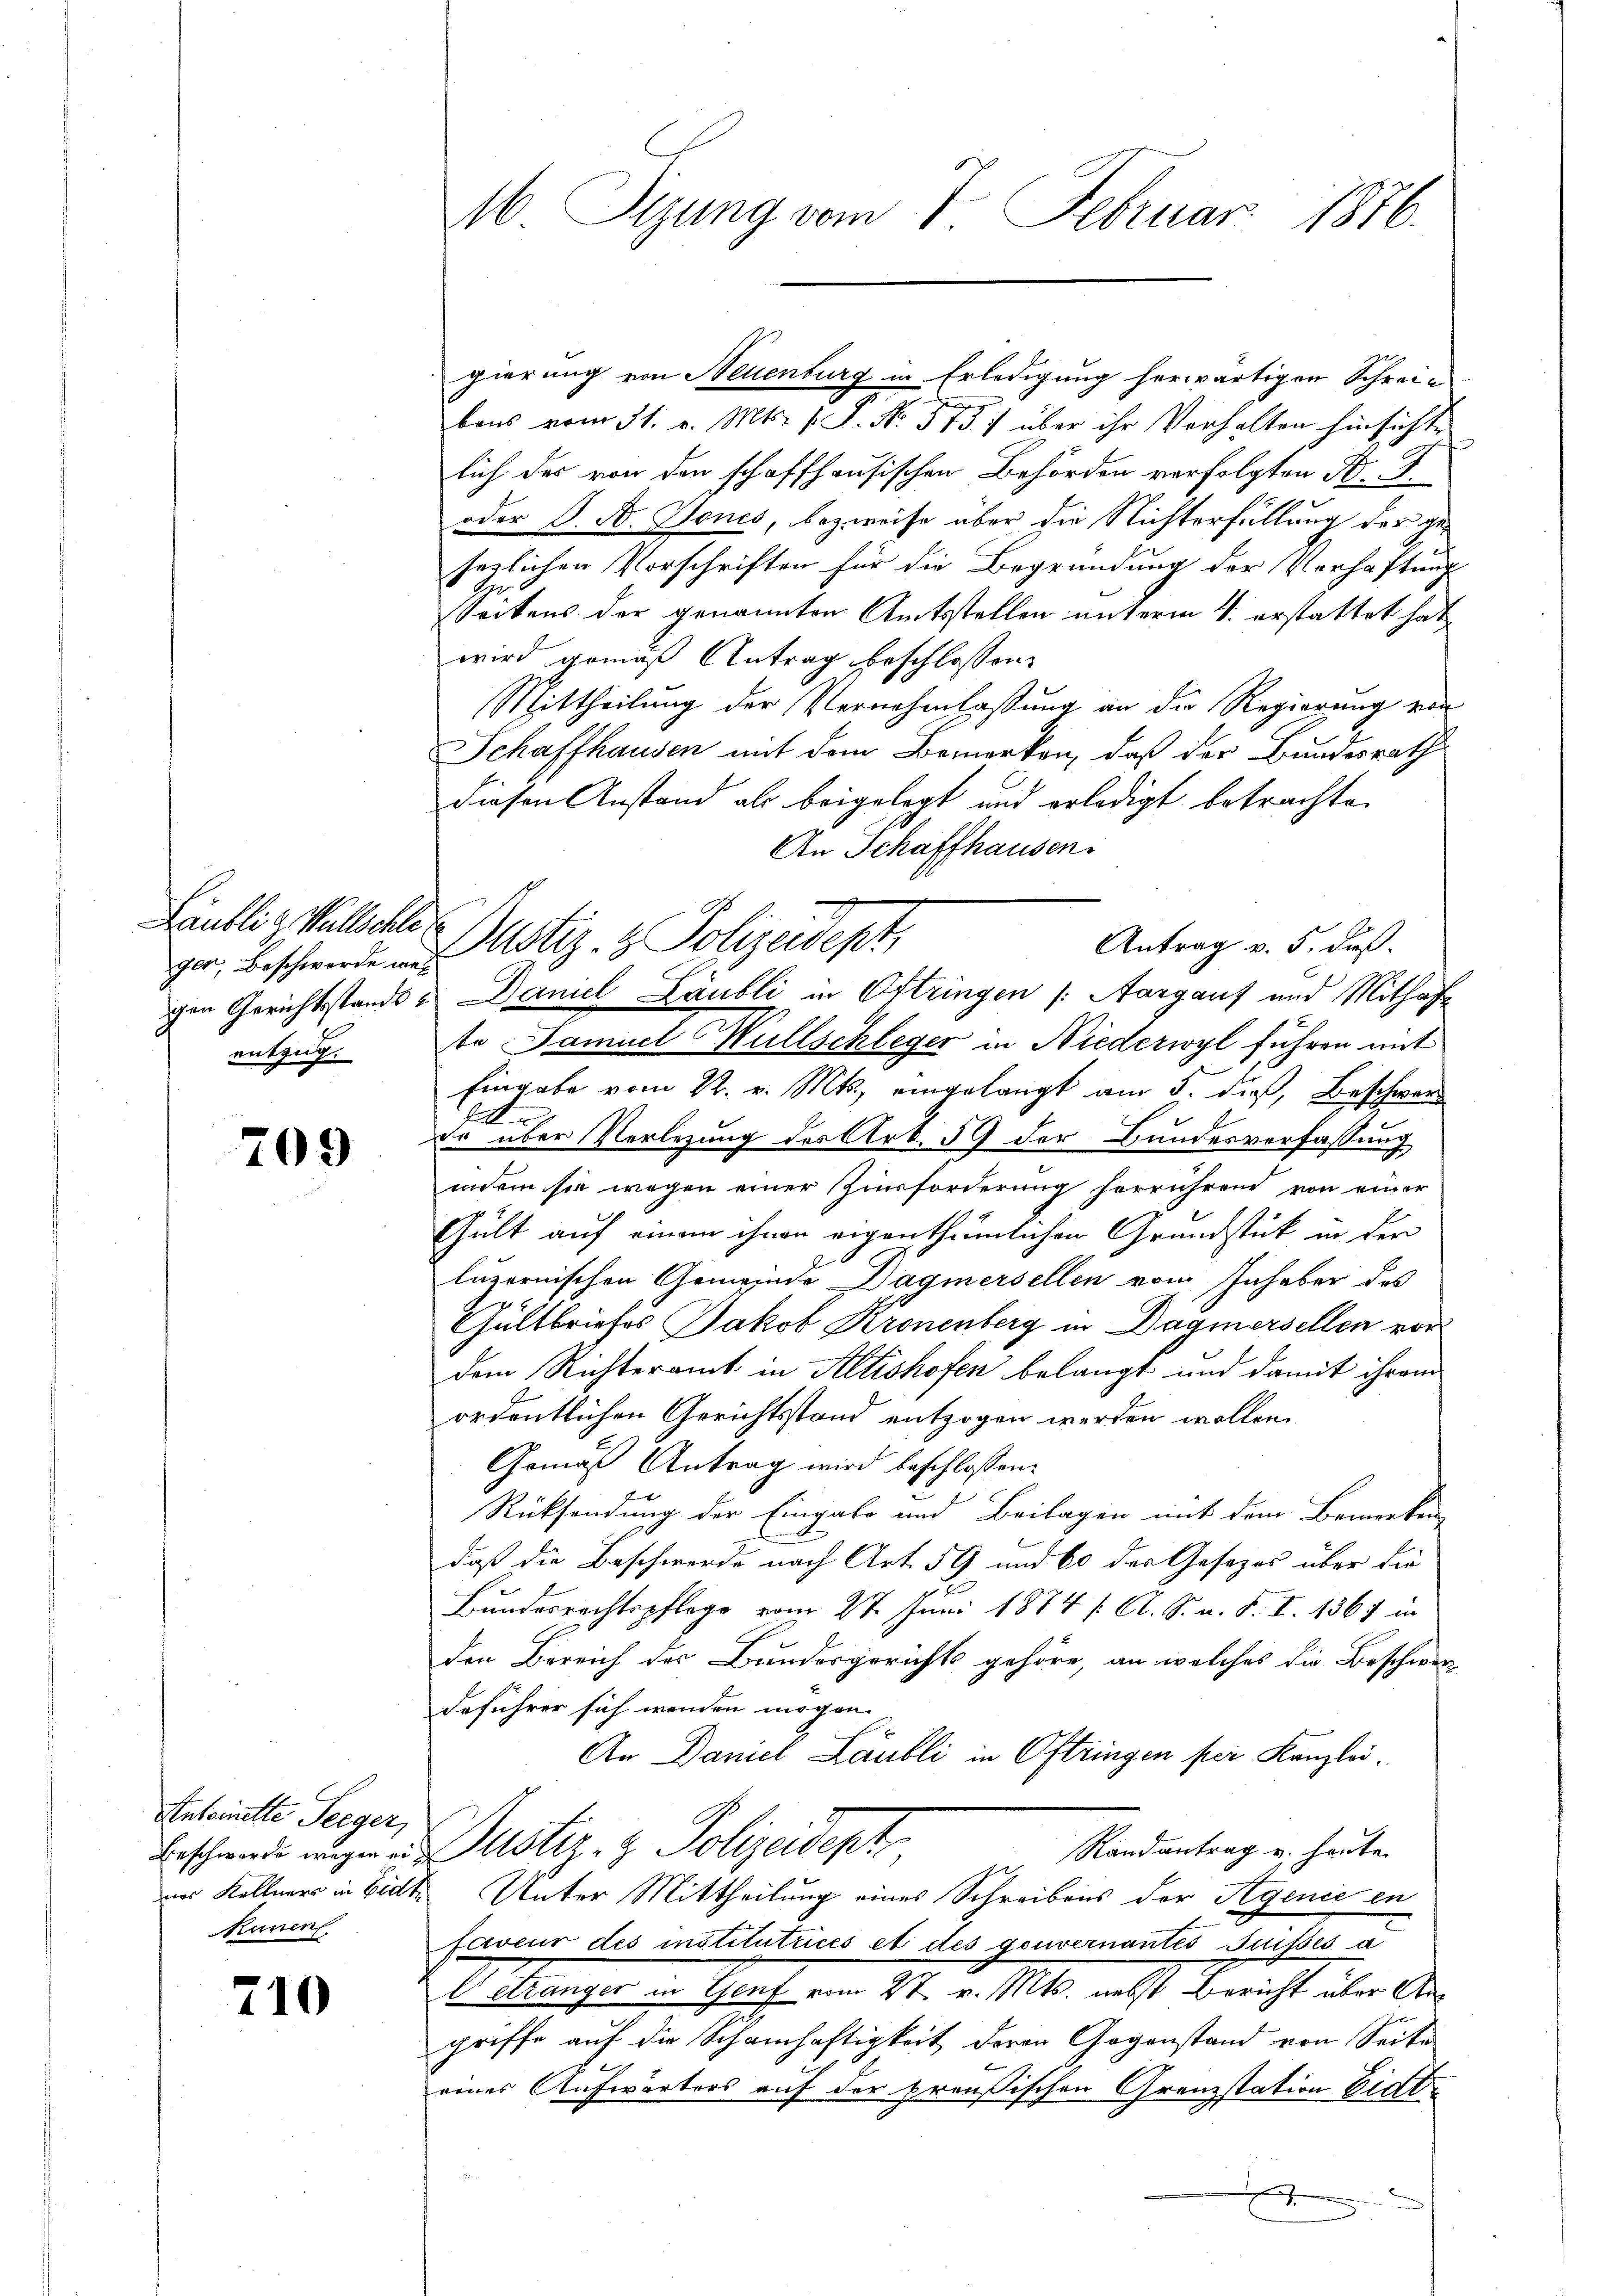
ger, Beschwerde wei

709

Antoinette Seeger,
Ranen.

710

e
bons vom 31. v. Mts. v. P. Nr. 313: über ihr Verhalten hinsichte
lich des von den schaffhausischen Behörden verfolgten Dr. J.
oder O. B. Genes, bezweife über die Nichterfüllung des gesezlichen Vorschriften für die Begründung der Verhaftung
Seitens der genannten Amtsstellen unterm 4. erstattet hat,
wird gemäß Antrag beschlossen,
Mittheilung der Vernehmlassung an die Regierung von
Schaffhausen mit dem Bemerken, daß der Bundesrath
diesen Anstand als beigelegt und erledigt betrachte.
An Schaffhausen.
entzug. Die Samuel Wüllschleger in Niederwyl fuhren mit
Eingabe vom 22. v. Mts., eingelangt am 5. dieß, Beschwer
Er über Verlegung des Art. 59 der Bundesverfassung
indem sie wegen einer Zunforderung herrührend von einer
Gült auf einem ihnen eigenthümlichen Grundstück in der
luzernischen Gemeinde Dägmersellen vom Inhaber des
Gültbriefes Jakob Kronenberg in Dagmersellen vor
dem Richteramt in Altishofen belangt und damit ihrem
ordentlichen Gerichtsstand entzogen werden wollen.
Gemäß Antrag wird beschlossen:
Rücksendung der Eingabe und Beilagen mit dem Bemerken
daß die Beschwerde nach Art. 59 und 60 des Gesezes über die
Bundesrechtspflege vom 27. Juni 1874 f. A. S. n. F. I. 1867 in
den Bereich des Bundesgerichts gehöre, an welches die Beschwer
deführer sich werden mögen.
An Daniel Läubli in Oftringen per Kanzlei¬
Beschwende angen u. Justiz- & Polizeidept
in, Randantrag u. heute.
nes Kollener in Eidte Unter Mittheilung eines Schreibens der Agenie en
faveur des institutiicés et des gouvernantes Suisses a
l étranger in Genf vom 27. v. Mts. nebst Bericht über Angriffe auf die Schamhaftigkeit deren Gegenstand von Seite
eines Aufwärters auf der preußischen Grenzstation bitte
.

16 Sizung vom 7. Februar 1886.

gierung von Neuenburg in Erledigung herwärtigen Schrei-

Ländlich Villette Justiz- & Polizeidept,
gen Gerichtsstands- Daniel Läubli in Ortringen (Aargauf und Mithaft¬

Antrag v. 5. daß